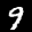
Label: 9